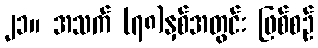
၂၁။ အသက် (၇၈)နှစ်အတွင်း ဖြစ်စဉ်